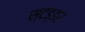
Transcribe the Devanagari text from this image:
स्टड्डर